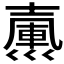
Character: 𢀃